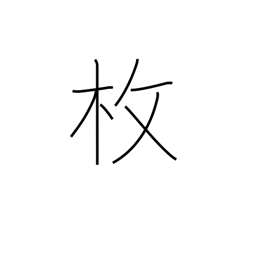
Meaning: sheet of...